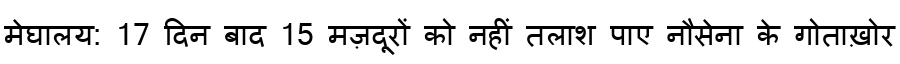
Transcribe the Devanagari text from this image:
मेघालय: 17 दिन बाद 15 मज़दूरों को नहीं तलाश पाए नौसेना के गोताख़ोर